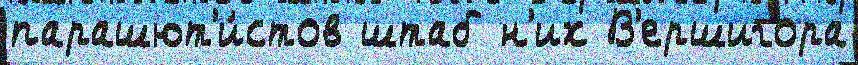
парашют'и́стов штаб н'их В'ершигора